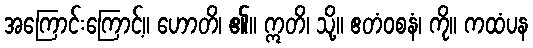
အကြောင်းကြောင့်။ ဟောတိ၊ ၏။ ဣတိ၊ သို့။ ဧတံဝစနံ၊ ကို။ ကထံပန